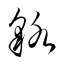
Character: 貉